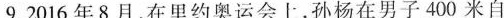
9.2016年8月，在里约奥运会上，孙杨在男子400米自